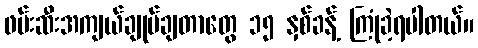
ဖမ်းဆီးအကျယ်ချုပ်ချတာတွေ ၁၅ နှစ်ခန့် ကြုံခဲ့ရပါတယ်။